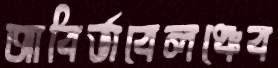
আবির্ভাবেলঞ্চেব